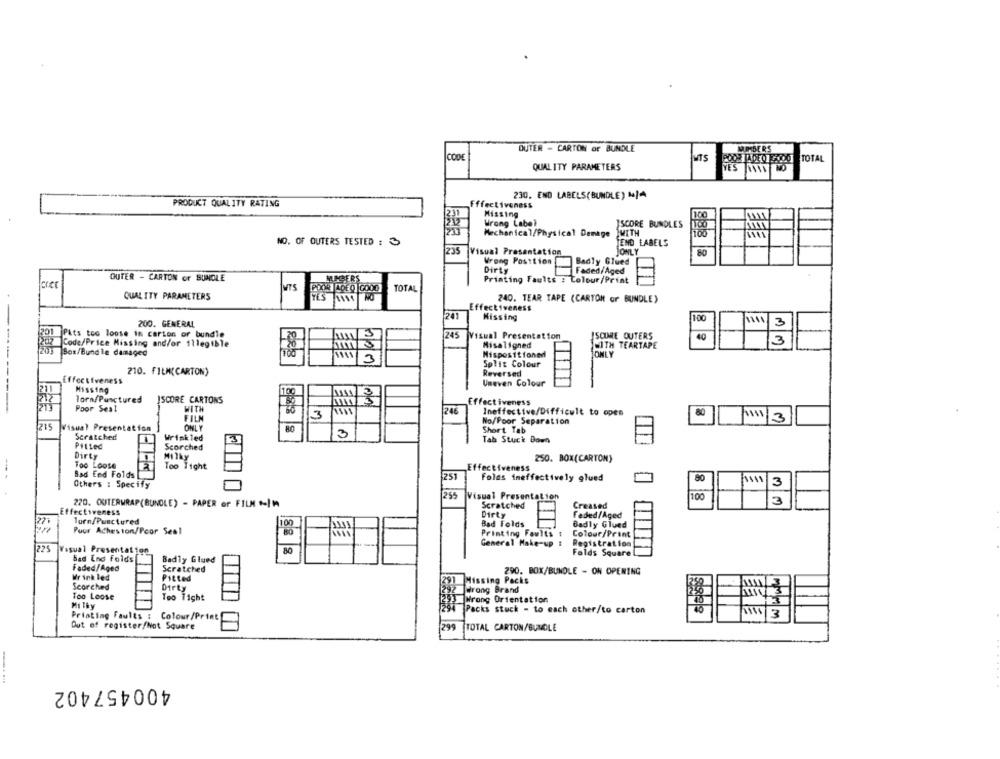
DUTER - CARTON OF BUNDLE
MIMBERS
CODE
QUALITY PARAMETERS
YES RONN NO
230. END LABELS(BUNDLE) M/A
PRODUCT QUALITY RATING
Effectiveness
231
Missing
Wrong Label
ISCORE BUNDLES
Mechanical/Physical Damage
WITH
NO. OF OUTERS TESTED : 3
JEND LABELS
235
Visual Presentation
ONLY
80
Wrong Position
Badly Glued
Dirty
Faded/Aged
GUTER - CARTON or BUNDLE
MAGERS
Printing Faults : Colour/Print
CICE
MTS
TOTAL
QUALITY PARAMETERS
TES 1194
240. TEAR TAPE (CARTON or BUNDLE)
Effectiveness
241
Missing
100
200. GENERAL
3
Pits too loose in carton or bundle
245
40
Visual Presentation
SCORE OUTERS
3
diz Code/Price Missing and/or illegible
Misaligned
WITH TEARTAPE
Box/Bundle damaged
Mispositioned
ONLY
13
Split Colour
210. FILM(CARTON)
Reversed
Effectiveness
Missing
Uneven Colour
100
Torn/Punctured
SCORE CARTONS
Effectiveness
---------
Poor Ses!
WITH
246
FILM
3
Ineffective/Difficult to opes
80
1111/3
No/Poor Separation
215
Visual Presentation
ONLY
3
Short Tab
Scratched
Wrinkled
Tab Stuck Down
Pitied
Scorched
Dirty
Milky
250. BOX(CARTON)
Too Loose
Too Tight
Effectiveness
Bad End Folds
1251
Folas imeffectively glued
90
1511
Others : Specify
3
255
Visual Presentation
100
3
220. OUTERWRAP(BUNDLE) - PAPER or FILM .- IM
Scratched
Creased
Effectiveness
Dirty
Faded/Aged
lorn/Punctured
100
Bad Folds
Badly Glued
Puur Aches ton/Peor Seal
Printing Faults :
Colour/Print
General Make-up #
Registration
225
Visual Presentation
80
Falds Square
bad End Folds
Badly Glued
Faded/Aged
Scratched
Wrinkled
Pitted
290. BOX/BUNDLE - ON OPENING
Searched
Missing Packs
Dirty
Wrong Brand
Too Loose
Too Tight
Wrong Orientation
Printing Faults : Colour/Print
Packs stuck - to each other/to carton
3
mmmm
Dut of register/Not Square
299
TOTAL CARTON/BUNDLE
400457402